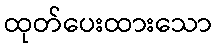
ထုတ်ပေးထားသော